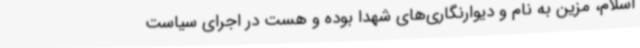
اسلام، مزین به نام و دیوارنگاری‌های شهدا بوده و هست در اجرای سیاست